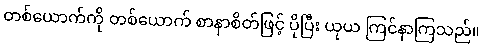
တစ်ယောက်ကို တစ်ယောက် စာနာစိတ်ဖြင့် ပိုပြီး ယုယ ကြင်နာကြသည်။